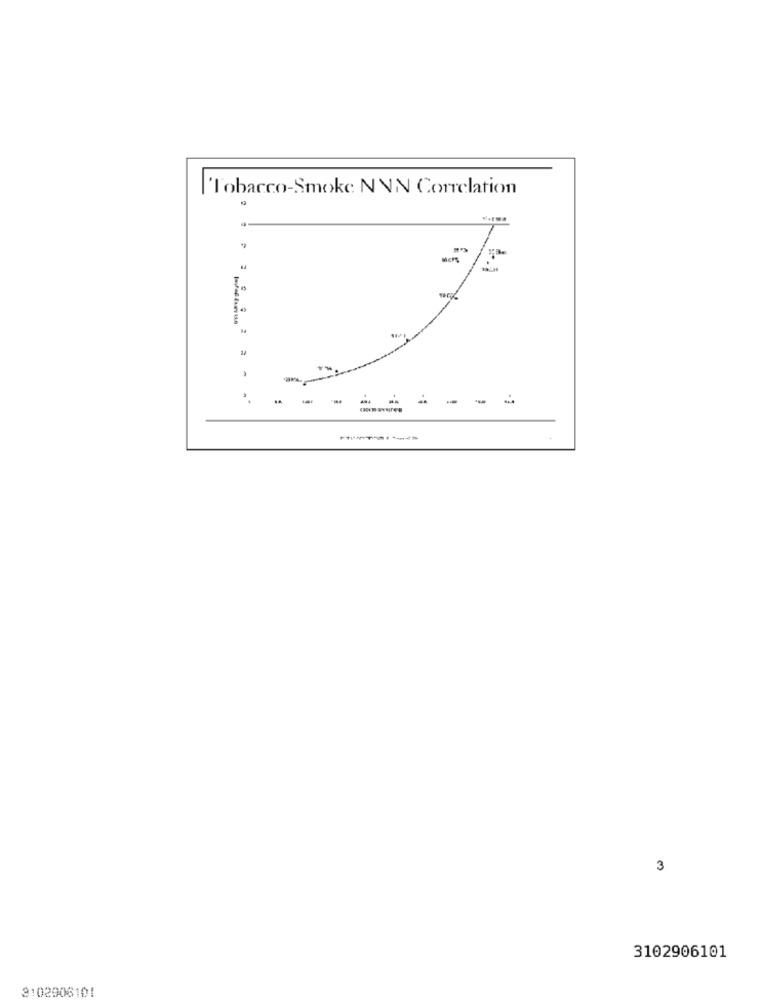
Tobacco-Smoke NNN Correlation
-----
3
3102906101
3102906101